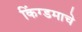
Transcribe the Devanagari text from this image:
किंग्डमाचे